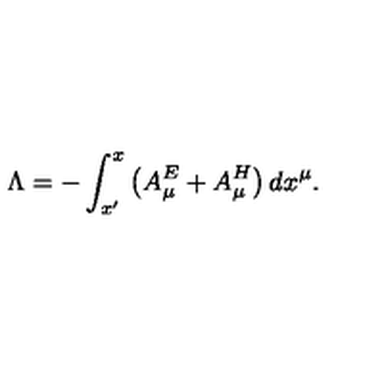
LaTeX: \ \Lambda = - \int _ { x ^ { \prime } } ^ { x } \left( A _ { \mu } ^ { E } + A _ { \mu } ^ { H } \right) d x ^ { \mu } .